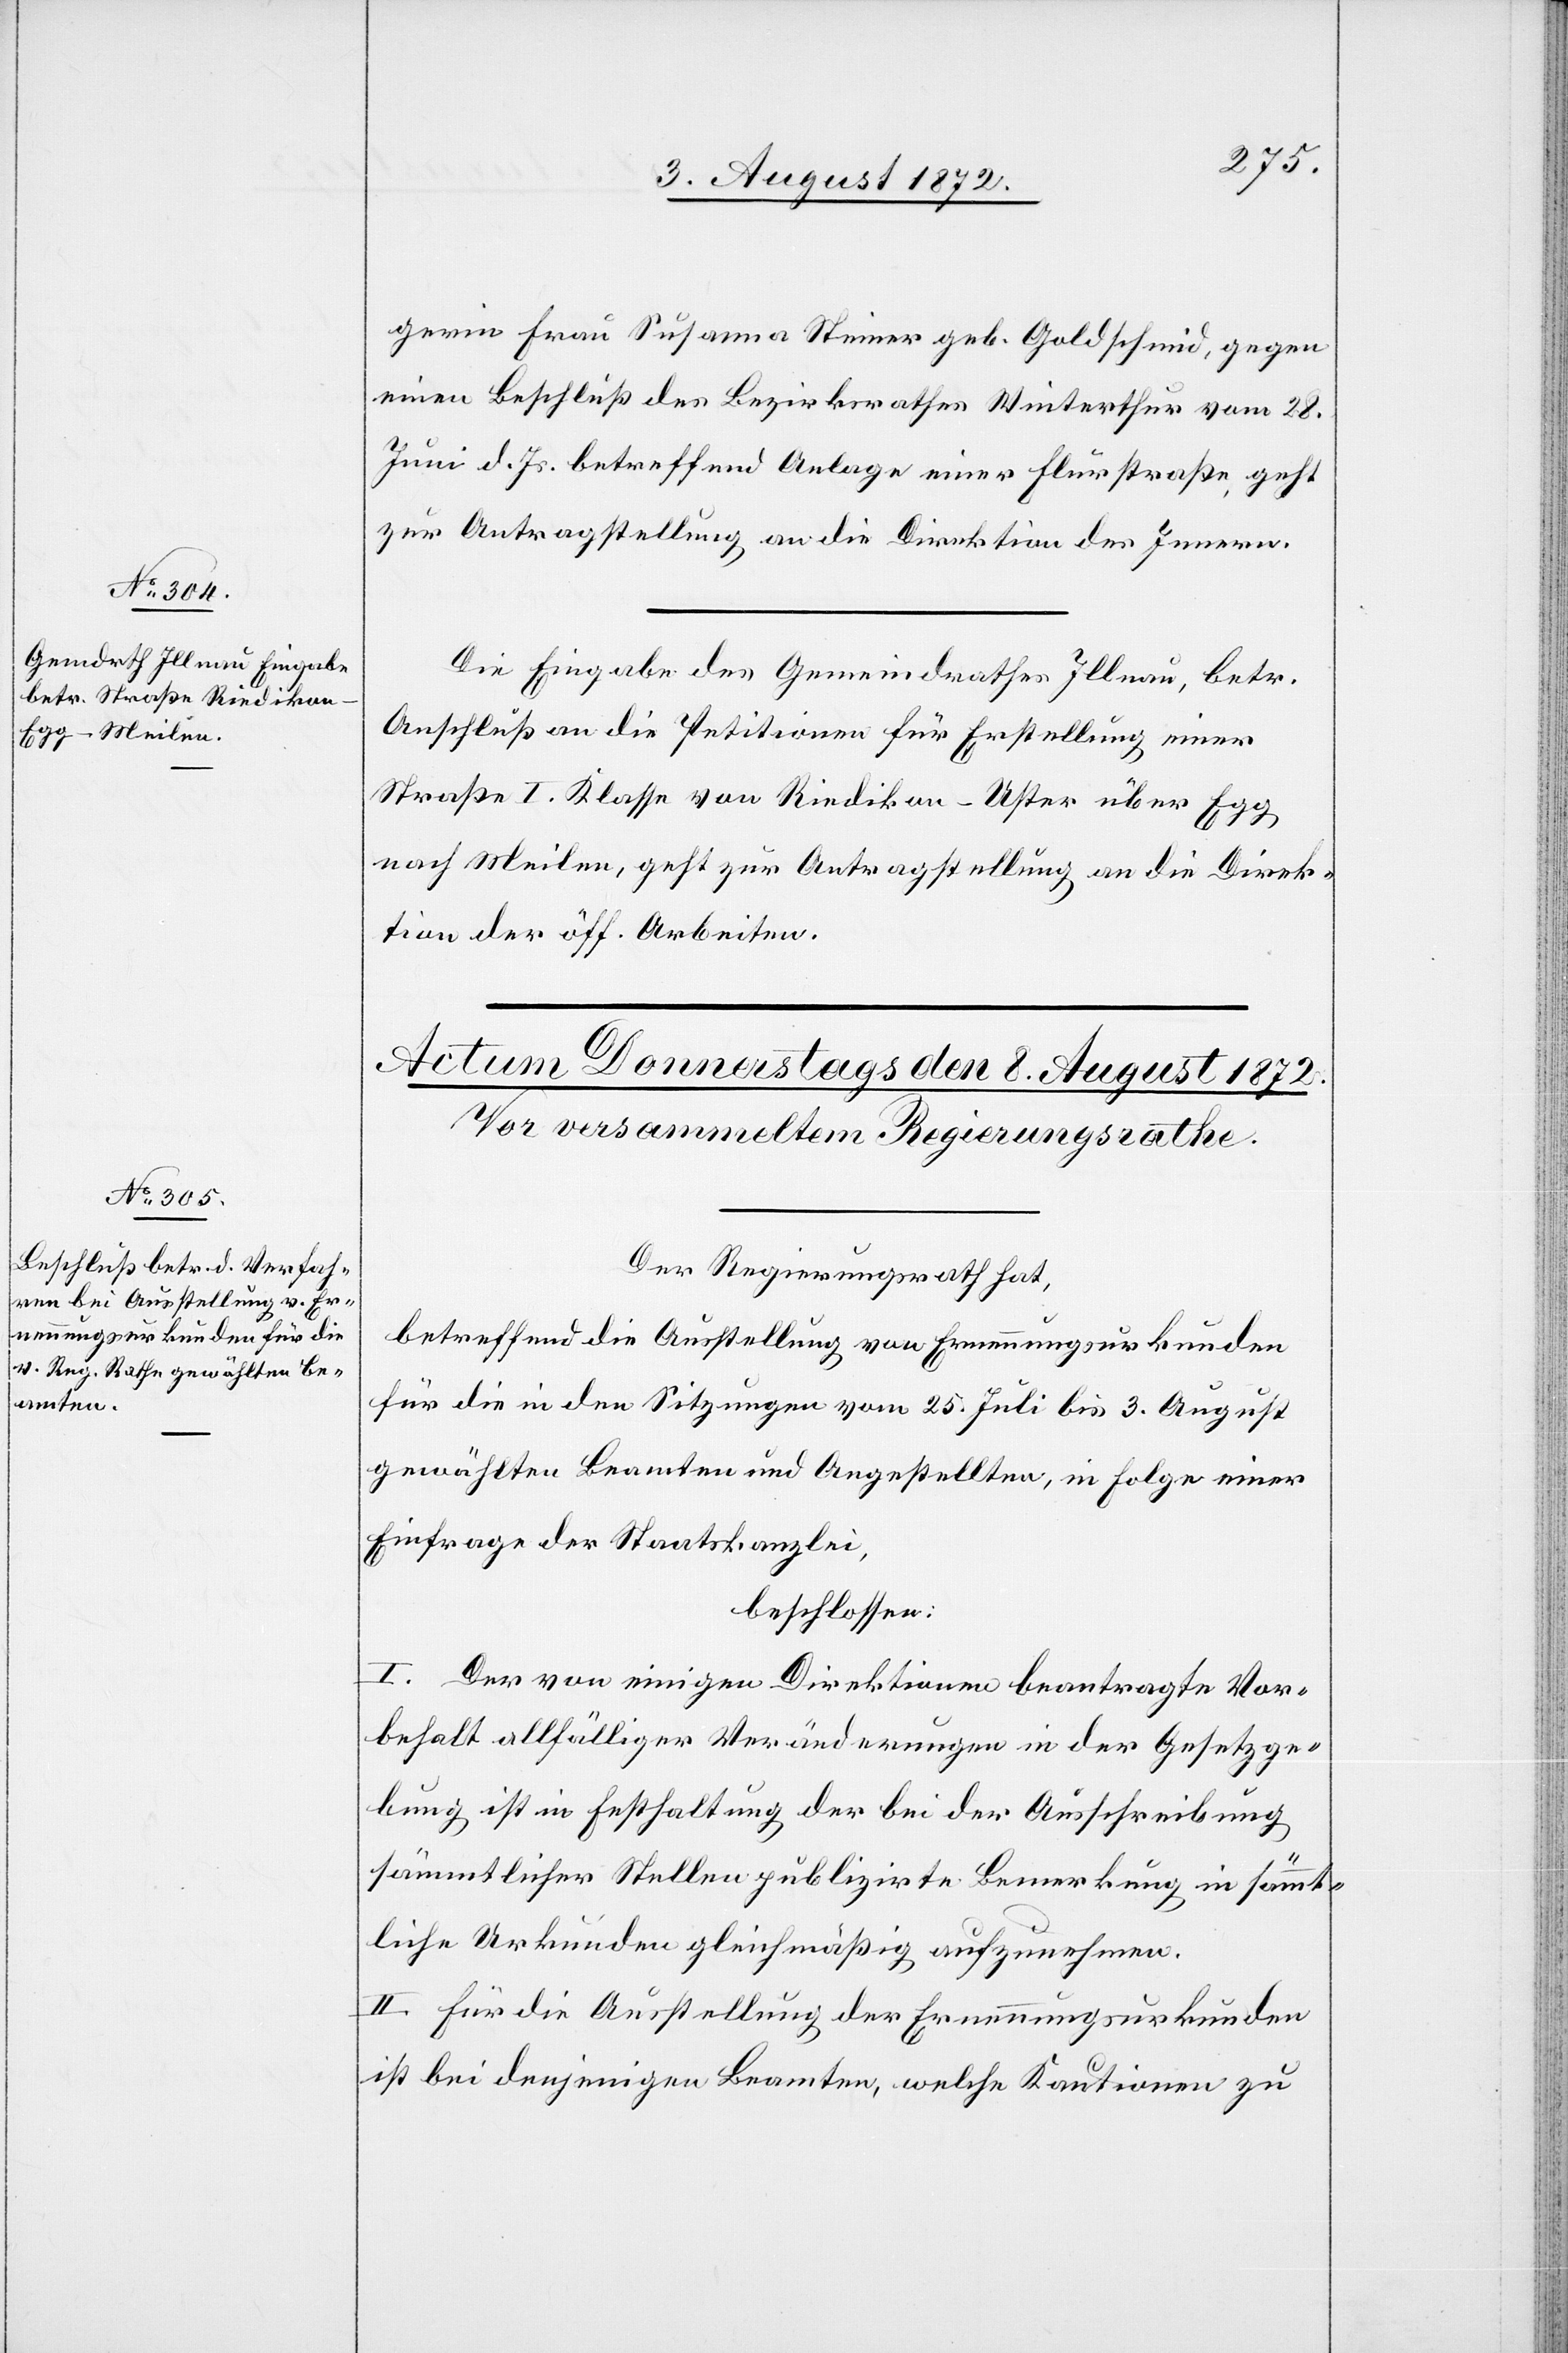
7. August 1872.]
gerin Frau Susanna Steiner geb. Goldschmid, gegen
einen Beschluß des Bezirksrathes Winterthur vom 28.
Juni d. Js. betreffend Anlage einer Flurstraße, geht
zur Antragstellung an die Direktion des Innern.
Die Eingabe des Gemeindrathes Illnau, betr.
Anschluß an die Petitionen für Erstellung einer
Straße I. Klasse von Riedikon–Uster über Egg
nach Meilen, geht zur Antragstellung an die Direk¬
tion der öff. Arbeiten.
Der Regierungsrath hat,
betreffend die Ausstellung von Ernennungsurkunden
für die in den Sitzungen vom 25. Juli bis 3. August
gewählten Beamten und Angestellten, in Folge einer
Einfrage der Staatskanzlei,
beschlossen:
I. Der von einigen Direktionen beantragte Vor¬
behalt allfälliger Veränderungen in der Gesetzge¬
bung ist in Festhaltung der bei der Ausschreibung
sämmtlicher Stellen publizirten Bemerkung in sämmt¬
liche Urkunden gleichmäßig aufzunehmen.
II. Für die Ausstellung der Ernennungsurkunden
ist bei denjenigen Beamten, welche Kautionen zu